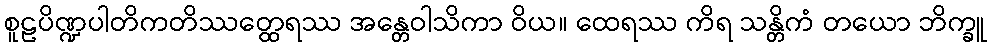
စူဠပိဏ္ဍပါတိကတိဿတ္ထေရဿ အန္တေဝါသိကာ ဝိယ။ ထေရဿ ကိရ သန္တိကံ တယော ဘိက္ခူ